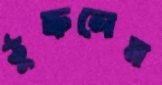
ঠুক্‌রলেম